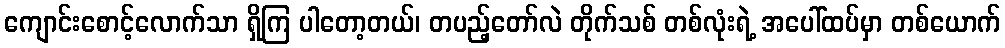
ကျောင်းစောင့်လောက်သာ ရှိကြ ပါတော့တယ်၊ တပည့်တော်လဲ တိုက်သစ် တစ်လုံးရဲ့ အပေါ်ထပ်မှာ တစ်ယောက်